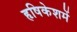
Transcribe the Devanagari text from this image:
हृषिकेशमें